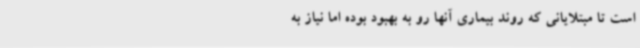
است تا مبتلایانی که روند بیماری آنها رو به بهبود بوده اما نیاز به